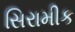
સિરામીક